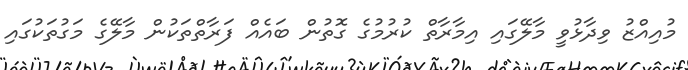
މުއިއްޒު ވިދާޅުވީ މާލޭގައި އިމާރާތް ކުރުމުގެ ގޮތުން ބައެއް ފަރާތްތަކުން މާލޭގެ މަގުތަކުގައި